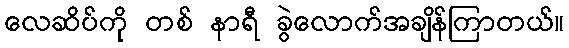
လေဆိပ်ကို တစ် နာရီ ခွဲလောက်အချိန်ကြာတယ်။